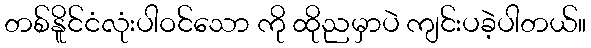
တစ်နိူင်ငံလုံးပါဝင်သော ကို ထိုညမှာပဲ ကျင်းပခဲ့ပါတယ်။